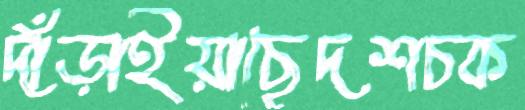
দাঁড়াইয়াছেদশচক